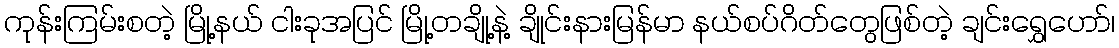
ကုန်းကြမ်းစတဲ့ မြို့နယ် ငါးခုအပြင် မြို့တချို့နဲ့ ချိုင်းနားမြန်မာ နယ်စပ်ဂိတ်တွေဖြစ်တဲ့ ချင်းရွှေဟော်၊